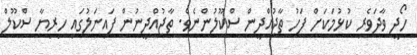
ހޯދީ ވާދަވެރި ކުޅުމަކަށް ފަހު ތާޖުއްދީން ސްކޫލުންނެވެ. ތާޖުއްދީނުން ފައިނަލުގައި ހިރިޔާ ސްކޫލް